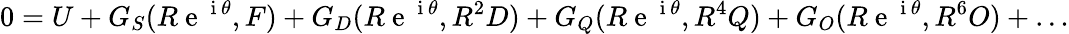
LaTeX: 0=U+G_{S}(R\mathrm{~e~}^{\mathrm{~i~}\theta},F)+G_{D}(R\mathrm{~e~}^{\mathrm{~i~}\theta},R^{2}D)+G_{Q}(R\mathrm{~e~}^{\mathrm{~i~}\theta},R^{4}Q)+G_{O}(R\mathrm{~e~}^{\mathrm{~i~}\theta},R^{6}O)+\dots